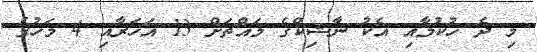
މި ދެ ހުކުމާއި އެކު ނާޝިކްގެ މައްޗަށް 13 އަހަރާއި 4 މަހުގެ